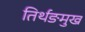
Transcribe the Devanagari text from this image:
तिर्थङमुख